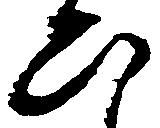
ひ